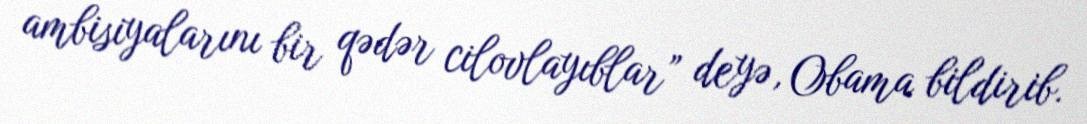
ambisiyalarını bir qədər cilovlayıblar” deyə, Obama bildirib.